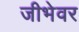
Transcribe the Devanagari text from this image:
जीभेवर